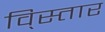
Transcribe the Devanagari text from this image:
वि्स्तार